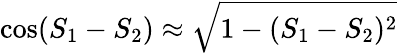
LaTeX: \cos(S_{1}-S_{2})\approx\sqrt{1-(S_{1}-S_{2})^{2}}